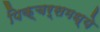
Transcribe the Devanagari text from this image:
पिक्चर्समध्ये